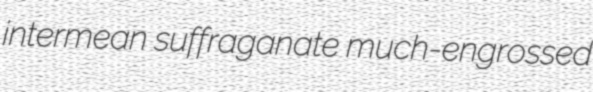
intermean suffraganate much-engrossed